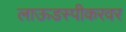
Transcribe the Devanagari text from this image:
लाऊडस्पीकरवर